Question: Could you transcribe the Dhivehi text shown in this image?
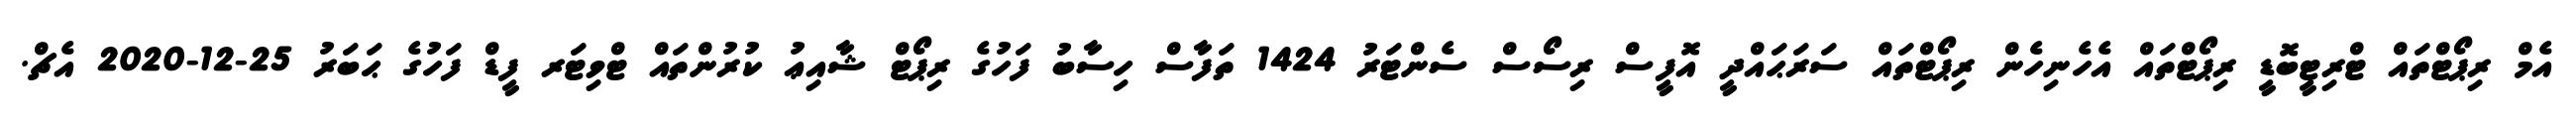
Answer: އެމް ރިޕޯޓްތައް ޓްރިޓީބޮޑީ ރިޕޯޓްތައް އެހެނިހެން ރިޕޯޓްތައް ސަރަޙައްދީ އޮފީސް ރިސޯސް ސެންޓަރު 1424 ތަފާސް ހިސާބު ފަހުގެ ރިޕޯޓް ޝާއިޢު ކުރުންތައް ޓްވިޓަރ ފީޑް ފަހުގެ ޙަބަރު 25-12-2020 އެޗް.